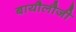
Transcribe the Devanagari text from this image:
बायौलौजी